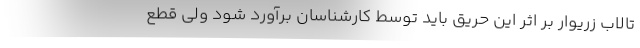
تالاب زریوار بر اثر این حریق باید توسط کارشناسان برآورد شود ولی قطع